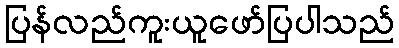
ပြန်လည်ကူးယူဖော်ပြပါသည်